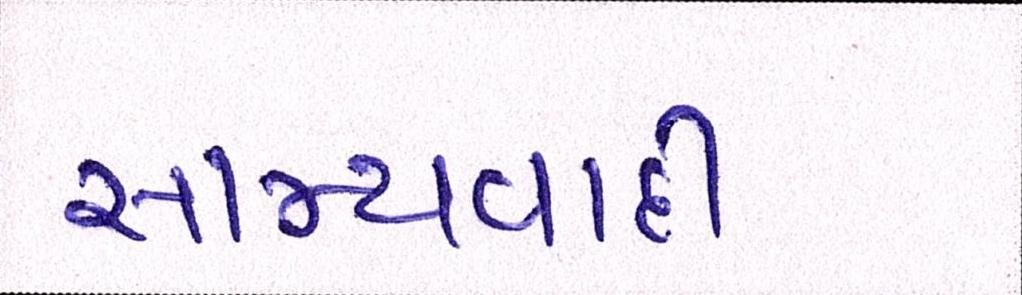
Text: સામ્યવાદી